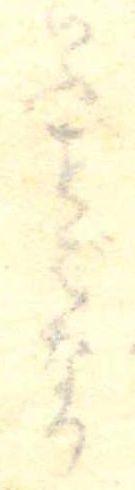
いふばなり